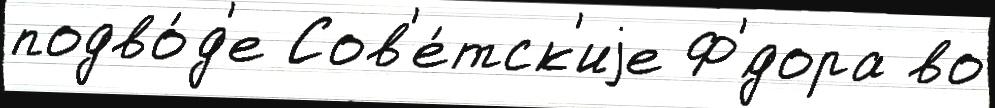
подво́д'е Сов'е́тск'иjе Ф'́дора во